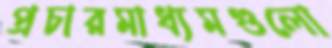
প্রচারমাধ্যমগুলো